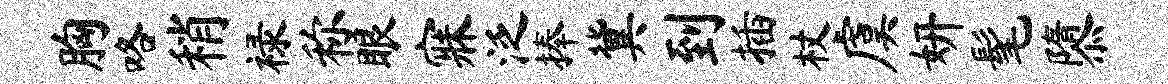
胸咯稍禄称眼寐泛捧冀到插杖虞妍髦隳